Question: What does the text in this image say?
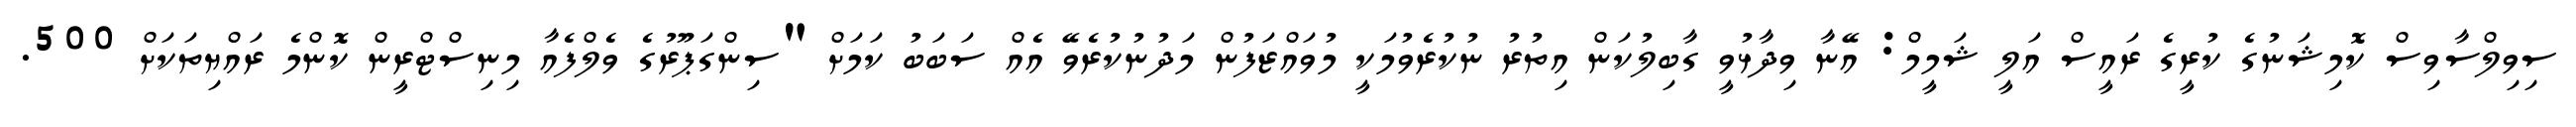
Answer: ސިވިލްސާވިސް ކޮމިޝަނުގެ ކުރީގެ ރައީސް އަލީ ޝަމީމް: އޭނާ ވިދާޅުވީ ގާބިލުކަން އިތުރު ނުކުރެވުމަކީ މުވައްޒަފުން މަދުނުކުރެވޭ އެއް ސަބަބު ކަމަށް "ސިންގަޕޫރުގެ ވެލްފެއާ މިނިސްޓްރީން ކޮންމެ ރައްޔިތަކަށް 500.